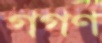
গগণ